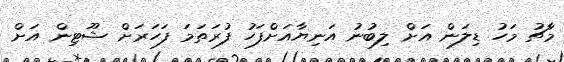
މާޗު މަހު ޑިލަން އަށް ލިބުނު އަނިޔާއަށްފަހު ފުރަތަމަ ފަހަރަށް ޝޫޓިން އަށް